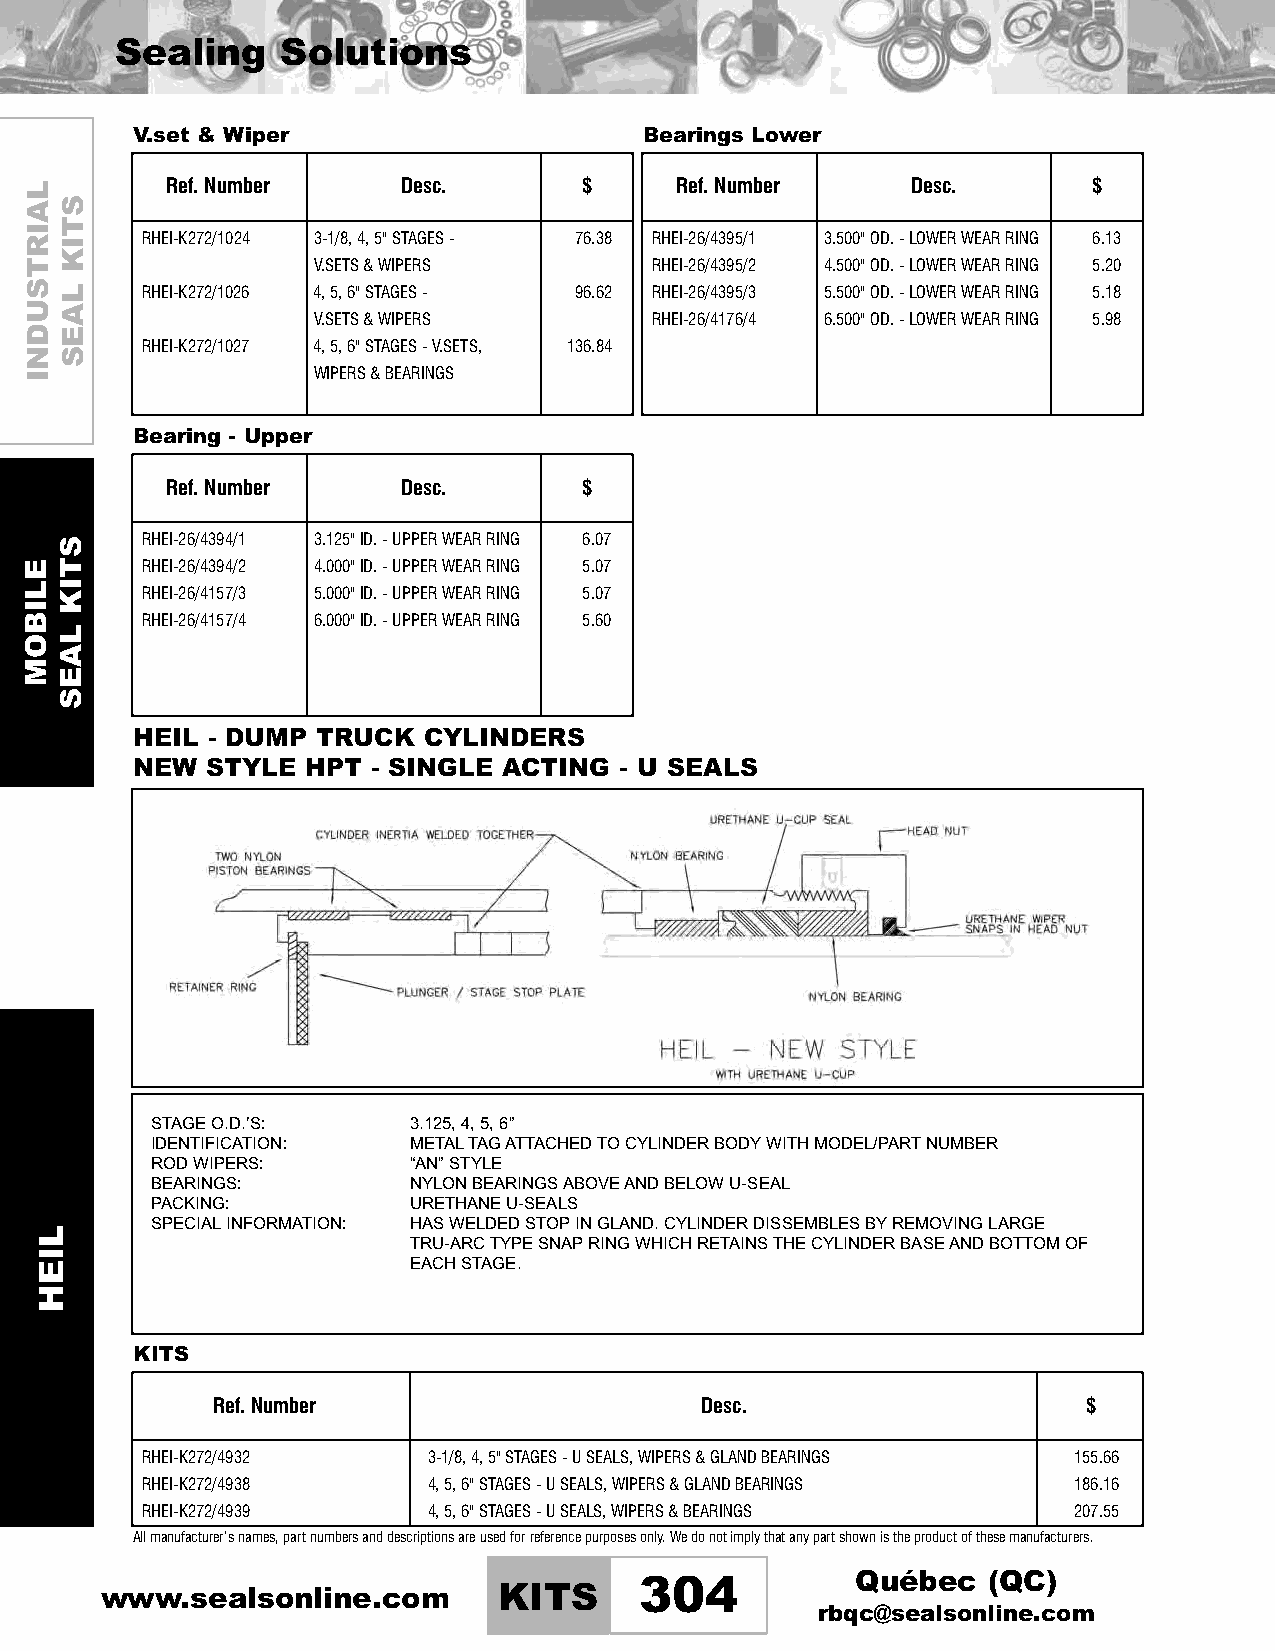
Sealing    Solutions
 V.set & Wiper                     Bearings Lower
 Ref.Number      Desc.       $     Ref.Number     Desc.       $
 RHEI-K272/1024 3-1/8,4,5"STAGES- 76.38 RHEI-26/4395/1 3.500"OD.-LOWERWEARRING 6.13
 V.SETS&WIPERS         RHEI-26/4395/2 4.500"OD.-LOWERWEARRING 5.20
 RHEI-K272/1026 4,5,6"STAGES- 96.62 RHEI-26/4395/3 5.500"OD.-LOWERWEARRING 5.18
 V.SETS&WIPERS         RHEI-26/4176/4 6.500"OD.-LOWERWEARRING 5.98
 RHEI-K272/1027 4,5,6"STAGES-V.SETS, 136.84
 WIPERS&BEARINGS
 Bearing - Upper
 Ref.Number      Desc.       $
 RHEI-26/4394/1 3.125"ID.-UPPERWEARRING 6.07
 RHEI-26/4394/2 4.000"ID.-UPPERWEARRING 5.07
 RHEI-26/4157/3 5.000"ID.-UPPERWEARRING 5.07
 RHEI-26/4157/4 6.000"ID.-UPPERWEARRING 5.60
 HEIL - DUMP TRUCK  CYLINDERS
 NEW  STYLE HPT  - SINGLE ACTING - U SEALS
 STAGEO.D.’S:     3.125,4,5,6”
 IDENTIFICATION:  METALTAGATTACHEDTOCYLINDERBODYWITHMODEL/PARTNUMBER
 RODWIPERS:       “AN”STYLE
 BEARINGS:        NYLONBEARINGSABOVEANDBELOWU-SEAL
 PACKING:         URETHANEU-SEALS
 SPECIALINFORMATION: HASWELDEDSTOPINGLAND.CYLINDERDISSEMBLESBYREMOVINGLARGE
 TRU-ARCTYPESNAPRINGWHICHRETAINSTHECYLINDERBASEANDBOTTOMOF
 EACHSTAGE.
 KITS
 Ref.Number                      Desc.                     $
 RHEI-K272/4932     3-1/8,4,5"STAGES-USEALS,WIPERS&GLANDBEARINGS 155.66
 RHEI-K272/4938     4,5,6"STAGES-USEALS,WIPERS&GLANDBEARINGS   186.16
 RHEI-K272/4939     4,5,6"STAGES-USEALS,WIPERS&BEARINGS        207.55
 Allmanufacturer’snames,partnumbersanddescriptionsareusedforreferencepurposesonly.Wedonotimplythatanypartshownistheproductofthesemanufacturers.
 Québec  (QC)
 www.sealsonline.com       KITS     304
 rbqc@sealsonline.com
 LAIRTSUDNI
 ELIBOM
 LIEH
 STIK
 LAES
 STIK
 LAES